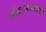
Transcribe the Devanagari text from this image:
नोंदण्यासाठी